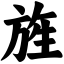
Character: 旌